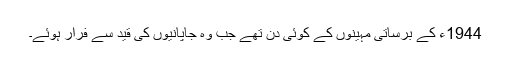
1944ء کے برساتی مہینوں کے کوئی دن تھے جب وہ جاپانیوں کی قید سے فرار ہوئے۔